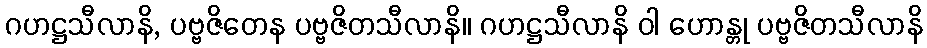
ဂဟဋ္ဌသီလာနိ, ပဗ္ဗဇိတေန ပဗ္ဗဇိတသီလာနိ။ ဂဟဋ္ဌသီလာနိ ဝါ ဟောန္တု ပဗ္ဗဇိတသီလာနိ